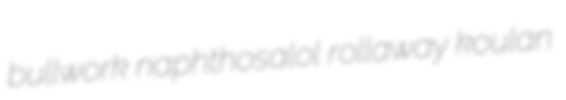
bullwork naphthosalol rollaway koulan